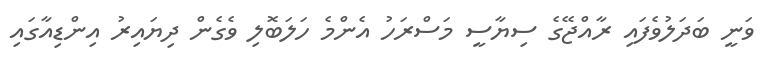
ވަނީ ބަދަލުވެފައި ރާއްޖޭގެ ސިޔާސީ މަސްރަހު އެންމެ ހަލަބޮލި ވެގެން ދިޔައިރު އިންޑިއާގައި